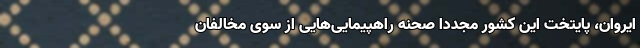
ایروان، پایتخت این کشور مجدداً صحنه راهپیمایی‌هایی از سوی مخالفان